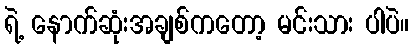
ရဲ့ နောက်ဆုံးအချစ်ကတော့ မင်းသား ပါပဲ။